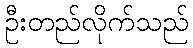
ဦးတည်လိုက်သည်